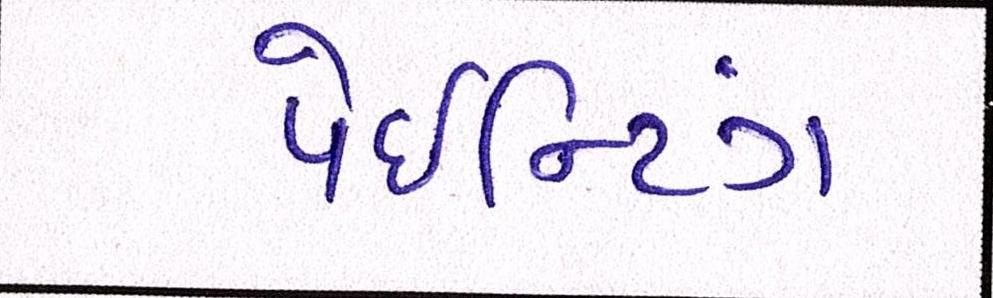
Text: પેઈન્ટિંગ